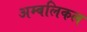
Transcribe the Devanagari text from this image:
अम्बलिकल